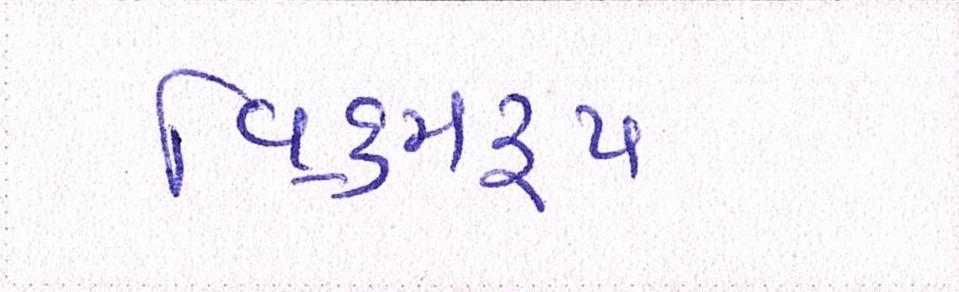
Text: વિક્રમરૃપ